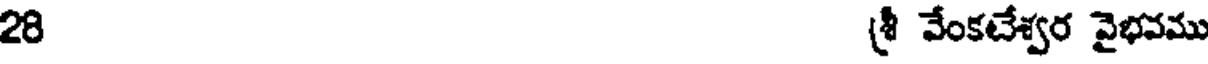
28 శ్రీ వేంకటేశ్వర వైభవము